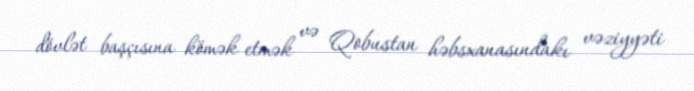
dövlət başçısına kömək etmək və Qobustan həbsxanasındakı vəziyyəti